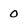
Character: o